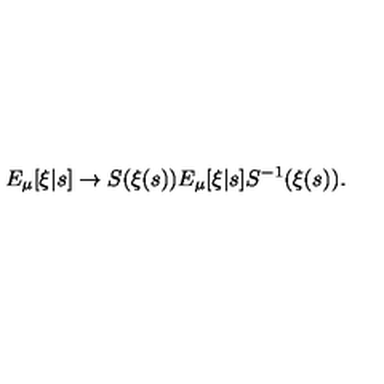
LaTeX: E _ { \mu } [ \xi | s ] \to S ( \xi ( s ) ) E _ { \mu } [ \xi | s ] S ^ { - 1 } ( \xi ( s ) ) .